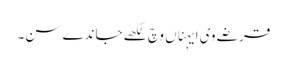
قرضے وی ایہناں وچ لکھے جاندے سن۔